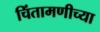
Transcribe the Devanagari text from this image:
चिंतामणीच्या